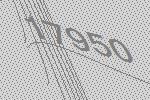
17950